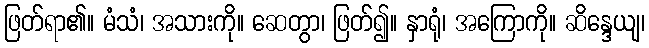
ဖြတ်ရာ၏။ မံသံ၊ အသားကို။ ဆေတွာ၊ ဖြတ်၍။ နှာရုံ၊ အကြောကို။ ဆိန္ဒေယျ၊